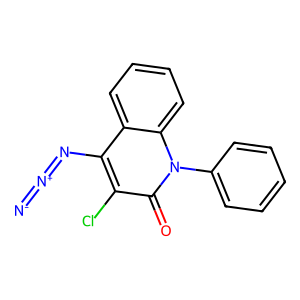
SMILES: [N-]=[N+]=Nc1c(Cl)c(=O)n(-c2ccccc2)c2ccccc12
Inhibits HIV replication: No